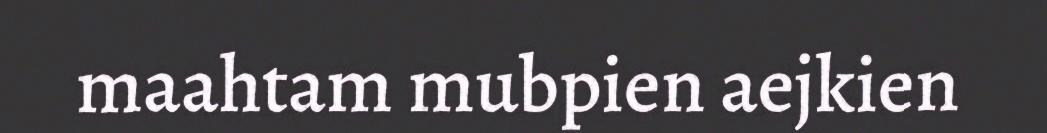
maahtam mubpien aejkien